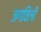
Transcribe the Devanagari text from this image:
जगविली